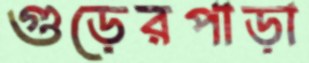
গুড়েরপাড়া